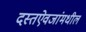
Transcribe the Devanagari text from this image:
दस्तऐवजांमधील